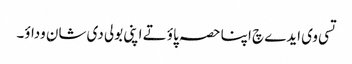
تسی وی ایدے چ اپنا حصہ پاؤ تے اپنی بولی دی شان وداؤ۔